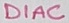
Text: DIAC